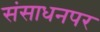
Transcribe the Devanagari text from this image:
संसाधनपर